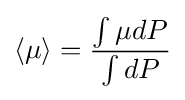
\langle \mu \rangle ={\frac {\int \mu dP}{\int dP}}